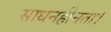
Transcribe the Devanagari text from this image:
साधनहीनता।